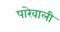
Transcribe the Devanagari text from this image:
पारेवाली